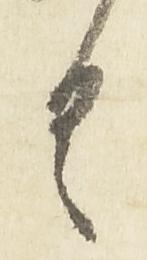
具